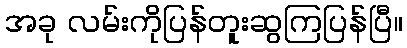
အခု လမ်းကိုပြန်တူးဆွကြပြန်ပြီ။